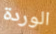
الوردة